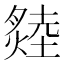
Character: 𤏝